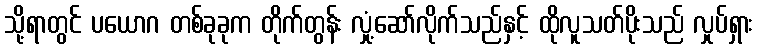
သို့ရာတွင် ပယောဂ တစ်ခုခုက တိုက်တွန်း လှုံ့ဆော်လိုက်သည်နှင့် ထိုလူသတ်ပိုးသည် လှုပ်ရှား